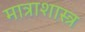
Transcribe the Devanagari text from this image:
मात्राशास्त्र